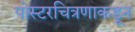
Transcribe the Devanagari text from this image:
पोस्टरचित्रणाकडून